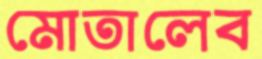
মোতালেব